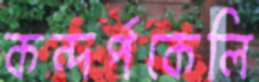
কন্দর্পকেলি